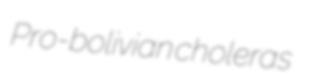
Pro-bolivian choleras